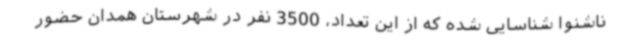
ناشنوا شناسایی شده که از این تعداد، 3500 نفر در شهرستان همدان حضور